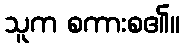
သူက စကားစ၏။